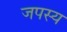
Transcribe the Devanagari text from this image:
जपस्य